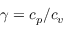
\gamma = c _ { p } / c _ { v }